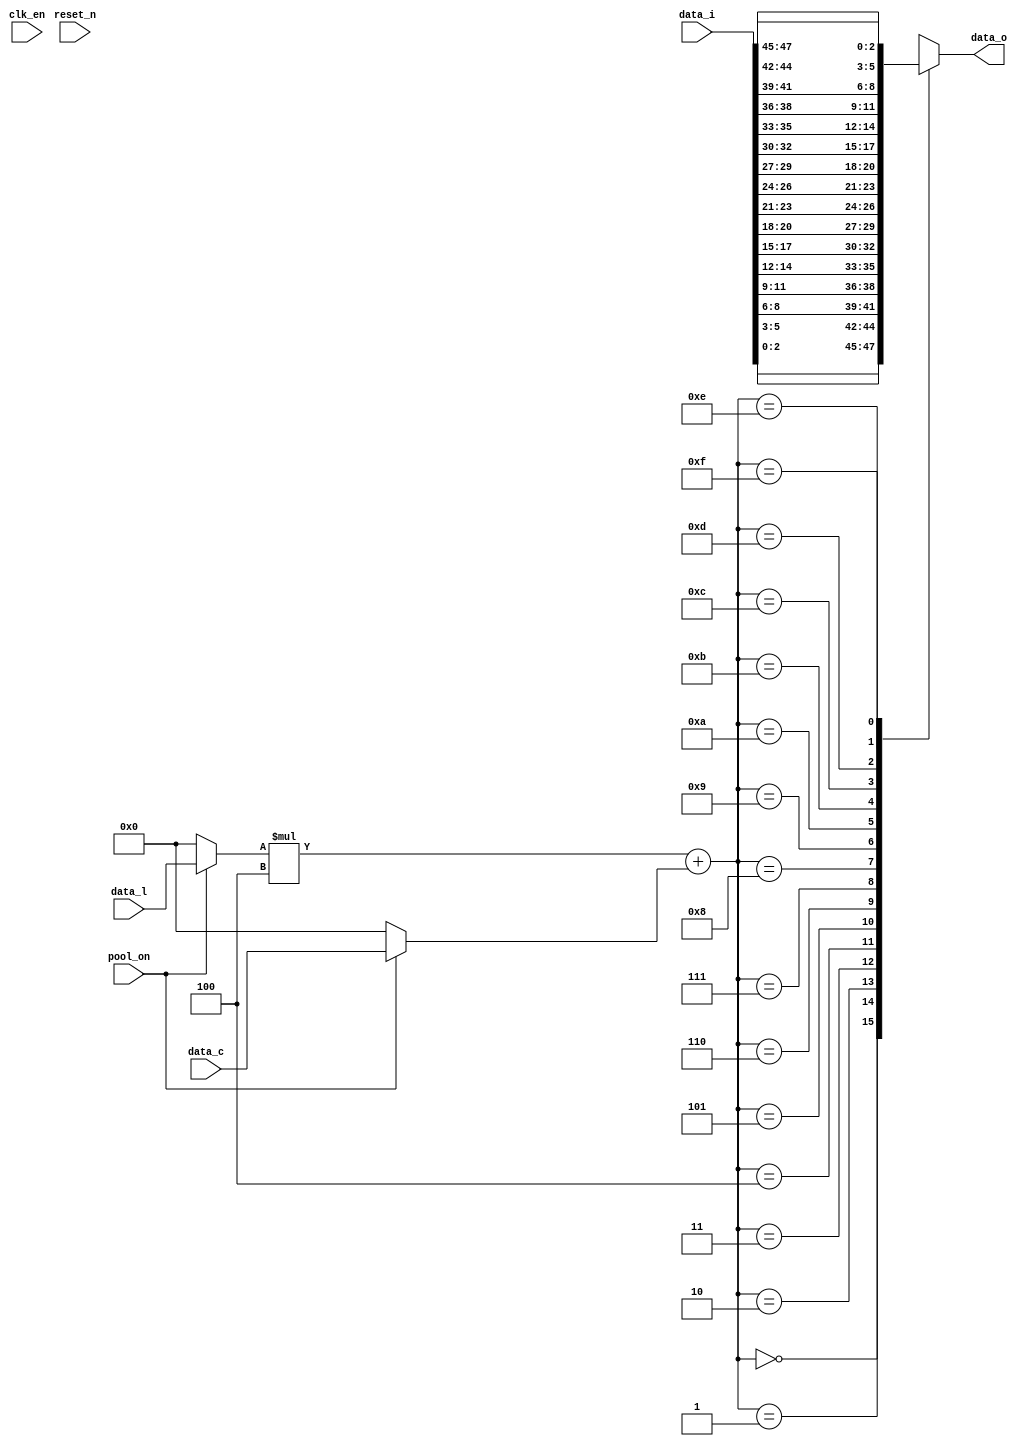
module maxpool_pick #(
    parameter datai_width = 4,
    parameter datai_height = 4,

    parameter kernel_width = 2,
    parameter kernel_height = 2,
    parameter stride = 2,

    parameter padding_en =0,
    parameter padding = 0,

    parameter datao_width = ((datai_width-kernel_width+2*padding)/stride)+1,
    parameter datao_height = ((datai_height-kernel_height+2*padding)/stride)+1,

    parameter bitwidth = 3
) (
    input clk_en,
    input reset_n,
    input pool_on,
    
    input [datai_width*datai_height*bitwidth-1:0] data_i,           //

    input [3:0] data_l,                     //
    input [3:0] data_c,                     //

    output [bitwidth-1:0] data_o            //
);

//
wire [bitwidth-1:0] data [0:datai_height+2*padding-1][0:datai_width+2*padding-1];       //
generate
    genvar i,j;  
    for(i=0;i<datai_height+2*padding;i=i+1)begin
        for (j=0;j<datai_width+2*padding;j=j+1)begin
            if (padding_en) begin       //padding
                if (i<padding|i>datai_height|j<padding|j>datai_width) begin
                    assign data[i][j] = 0;
                end
                else begin
                    assign data[i][j] = data_i[((i-padding)*datai_width+j-padding)*bitwidth +:bitwidth];
                end       
            end
            else begin
                assign data[i][j] = data_i[(i*datai_width+j)*bitwidth +:bitwidth];
            end
        end
    end
endgenerate

//
reg [3:0] rdata_l;
reg [3:0] rdata_c;
assign data_o = data[rdata_l][rdata_c];
always @(*)begin
    if(pool_on)begin
        rdata_l=data_l;
        rdata_c=data_c;
    end
    else begin
        rdata_l=0;
        rdata_c=0;
    end
end

endmodule